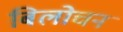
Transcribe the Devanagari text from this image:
बिलोचन